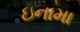
ઇનામા